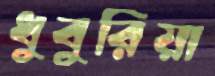
ধুবুরিয়া